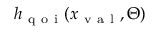
h _ { \mathrm { ~ q ~ o ~ i ~ } } ( x _ { \mathrm { ~ v ~ a ~ l ~ } } , \Theta )